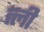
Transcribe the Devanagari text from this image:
त्ली